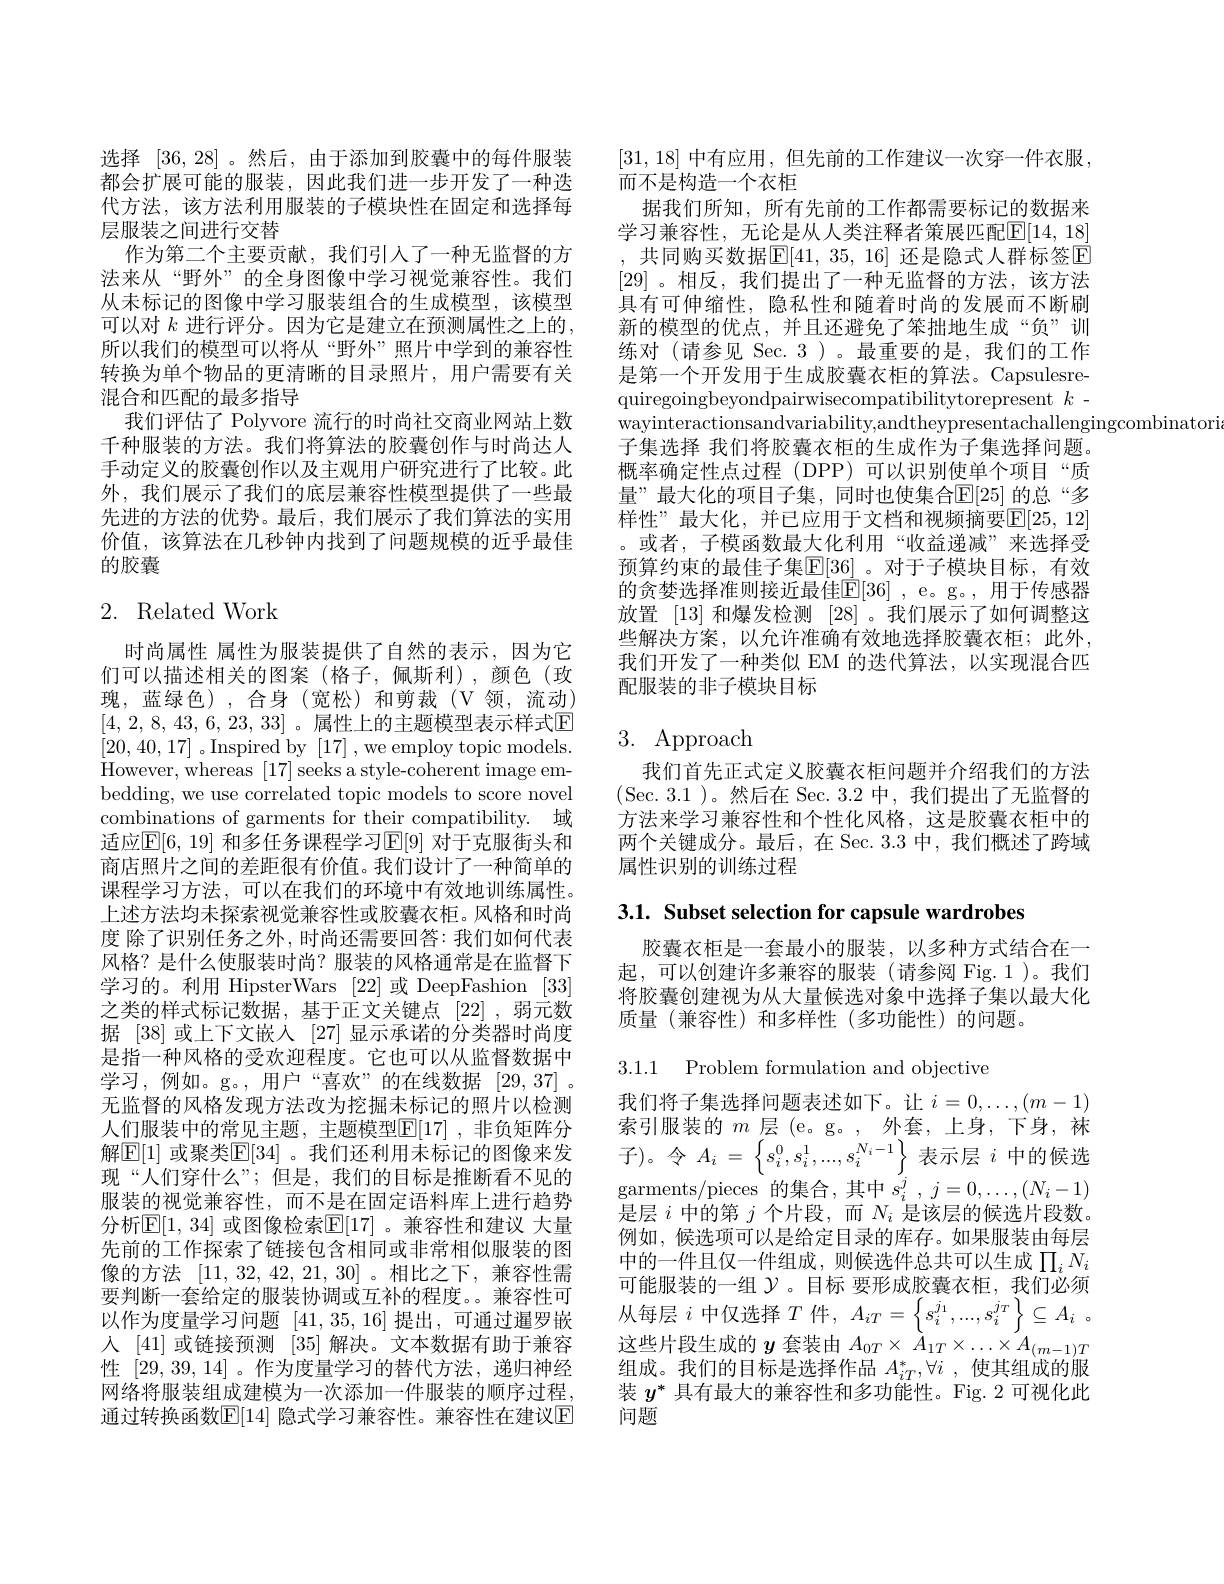
选择 [36,28]。然后，由于添加到胶囊中的每件服装都会扩展可能的服装，因此我们进一步开发了一种迭代方法，该方法利用服装的子模块性在固定和选择每层服装之间进行交替
作为第二个主要贡献，我们引入了一种无监督的方法来从“野外”的全身图像中学习视觉兼容性。我们从未标记的图像中学习服装组合的生成模型，该模型可以对 $k$ 进行评分。因为它是建立在预测属性之上的， 所以我们的模型可以将从“野外”照片中学到的兼容性转换为单个物品的更清晰的目录照片，用户需要有关混合和匹配的最多指导
我们评估了 Polyvore 流行的时尚社交商业网站上数千种服装的方法。我们将算法的胶囊创作与时尚达人手动定义的胶囊创作以及主观用户研究进行了比较。此外，我们展示了我们的底层兼容性模型提供了一些最先进的方法的优势。最后，我们展示了我们算法的实用价值，该算法在几秒钟内找到了问题规模的近乎最佳的胶囊

## 2. Related Work

时尚属性 属性为服装提供了自然的表示，因为它们可以描述相关的图案(格子，佩斯利),颜色(玫瑰，蓝绿色),合身(宽松)和剪裁(V领，流动) [4,2,8,43,6,23,33]。属性上的主题模型表示样式$\mathbb{E}$ [20,40,17] 。Inspired by [17] , we employ topic models. However, whereas [ 17] seeks a style- coherent image em- bedding, we use correlated topic models to score novel combinations of garments for their compatibility. 域适应$\mathbb{E}[6,19]$ 和多任务课程学习$\mathbb{E}[9]$ 对于克服街头和商店照片之间的差距很有价值。我们设计了一种简单的课程学习方法，可以在我们的环境中有效地训练属性。上述方法均未探索视觉兼容性或胶囊衣柜。风格和时尚度 除了识别任务之外，时尚还需要回答：我们如何代表风格？是什么使服装时尚？服装的风格通常是在监督下学习的。利用 HipsterWars [22]或 DeepFashion[33] 之类的样式标记数据，基于正文关键点[22],弱元数据 [38] 或上下文嵌入 [27] 显示承诺的分类器时尚度是指一种风格的受欢迎程度。它也可以从监督数据中学习，例如。g。,用户“喜欢”的在线数据 [29,37]。无监督的风格发现方法改为挖掘未标记的照片以检测人们服装中的常见主题，主题模型$\mathbb{E}[17]$ ,非负矩阵分解$\boxed{\mathbb{F}}[1]$ 或聚类$\boxed{\mathbb{E}}[34]$ 。我们还利用未标记的图像来发现“人们穿什么”; 但是，我们的目标是推断看不见的服装的视觉兼容性，而不是在固定语料库上进行趋势分析$\mathbb{E}[1,34]$ 或图像检索$\mathbb{E}[17]$ 。兼容性和建议 大量先前的工作探索了链接包含相同或非常相似服装的图像的方法[11,32,42,21,30] 。相比之下，兼容性需要判断一套给定的服装协调或互补的程度。兼容性可以作为度量学习问题[41,35,16]提出，可通过暹罗嵌人 [41] 或链接预测 [35] 解决。文本数据有助于兼容性[29,39,14] 。作为度量学习的替代方法，递归神经网络将服装组成建模为一次添加一件服装的顺序过程， 通过转换函数$\mathbb{E}[14]$ 隐式学习兼容性。兼容性在建议E

[31,18]中有应用，但先前的工作建议一次穿一件衣服，
而不是构造一个衣柜
据我们所知，所有先前的工作都需要标记的数据来学习兼容性，无论是从人类注释者策展匹配$\overline{\mathbb{E}}[14,18]$ , 共同购买数据$\boxed{\mathrm{E}}[41,35,16]$ 还是隐式人群标签$\boxed{\mathrm{E}}$ [29] 。相反，我们提出了一种无监督的方法，该方法具有可伸缩性，隐私性和随着时尚的发展而不断刷新的模型的优点，并且还避免了笨拙地生成“负”训练对 (请参见 Sec. 3)。最重要的是，我们的工作是第一个开发用于生成胶囊衣柜的算法。Capsulesrequiregoingbeyondpairwisecompatibilitytorepresent $k$ - wayinteractionsandvariability,andtheypresentachallengingcombinatori
子集选择 我们将胶囊衣柜的生成作为子集选择问题。概率确定性点过程(DPP)可以识别使单个项目“质量”最大化的项目子集，同时也使集合$\mathbb{E}[25]$ 的总“多样性”最大化，并已应用于文档和视频摘要$\boxed{\mathrm{E}}[25,12]$ 。或者，子模函数最大化利用“收益递减”来选择受预算约束的最佳子集$\mathbb{E}[36]$ 。对于子模块目标，有效的贪婪选择准则接近最佳$\overline{\mathbb{E}}[36]$ , e。g。, 用于传感器放置 [13] 和爆发检测 [28] 。我们展示了如何调整这些解决方案，以允许准确有效地选择胶囊衣柜；此外， 我们开发了一种类似 EM 的迭代算法，以实现混合匹配服装的非子模块目标

# 3. Approach

我们首先正式定义胶囊衣柜问题并介绍我们的方法(Sec.3.1 )。然后在 Sec. 3.2 中，我们提出了无监督的方法来学习兼容性和个性化风格，这是胶囊衣柜中的两个关键成分。最后，在 Sec. 3.3 中，我们概述了跨域属性识别的训练过程

3.1. Subset selection for capsule wardrobes

胶囊衣柜是一套最小的服装，以多种方式结合在一起，可以创建许多兼容的服装(请参阅 Fig.1)。我们将胶囊创建视为从大量候选对象中选择子集以最大化质量(兼容性)和多样性(多功能性)的问题。

3.1.1 Problem formulation and objective

我们将子集选择问题表述如下。让$i=0,\ldots,(m-1)$ 索引服装的$m$层 (e。g。, 外套，上身，下身，袜子)。令$A_i=\left\{s_i^0,s_i^1,...,s_i^{N_i-1}\right\}$表示层$i$中的候选garments/ pieces 的集合，其中$s_i^j,j=0,\ldots,(N_i-1)$ 是层$i$中的第$j$个片段，而$N_i$是该层的候选片段数。例如，候选项可以是给定目录的库存。如果服装由每层中的一件且仅一件组成，则候选件总共可以生成$\prod_iN_i$ 可 能 服 装 的 一 组 $\mathcal{Y} $。目 标 要 形 成 胶 囊 衣 柜 , 我 们 必 须 从 每 层 $i$ 中 仅 选 择 $T$ 件 , $A_{iT}= \left \{ s_{i}^{j_{1}}, \ldots , s_{i}^{j_{T}}\right \} \subseteq A_{i}$ . 这些片段生成的$y$套装由$A_{0T}\times\stackrel{'}{A}_{1T}\times\ldots\times A_{(m-1)T}$ 组成。我们的目标是选择作品$A_{iT}^*,\forall i$ ,使其组成的服装$y^*$具有最大的兼容性和多功能性。Fig. 2 可视化此问题